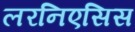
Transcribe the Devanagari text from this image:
लरनिएसिस